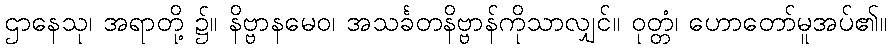
ဌာနေသု၊ အရာတို့ ၌။ နိဗ္ဗာနမေဝ၊ အသင်္ခတနိဗ္ဗာန်ကိုသာလျှင်။ ဝုတ္တံ၊ ဟောတော်မူအပ်၏။